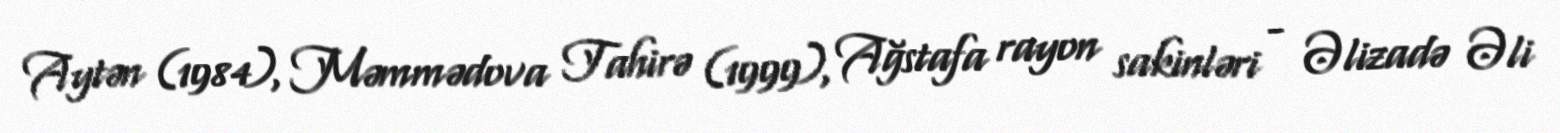
Aytən (1984), Məmmədova Tahirə (1999), Ağstafa rayon sakinləri - Əlizadə Əli